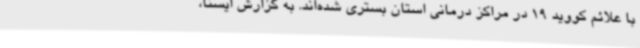
با علائم کووید 19 در مراکز درمانی استان بستری شده‌اند. به گزارش ایسنا،